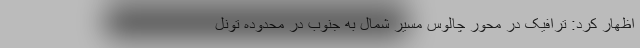
اظهار کرد: ترافیک در محور چالوس مسیر شمال به جنوب در محدوده تونل